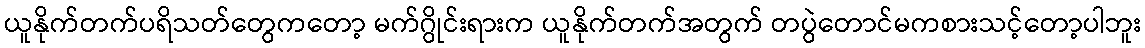
ယူနိုက်တက်ပရိသတ်တွေကတော့ မက်ဂွိုင်းရားက ယူနိုက်တက်အတွက် တပွဲတောင်မကစားသင့်တော့ပါဘူး